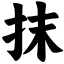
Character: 抹